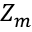
Z _ { m }